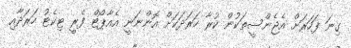
ގިނަ ފަހަރަށް އެޖެންސީތަކުން ކުރާ ހަރަދަކަށް އޮންނަނީ އެއާޕޯޓް ފެރީ ޓިކެޓު ހަރަދާއި